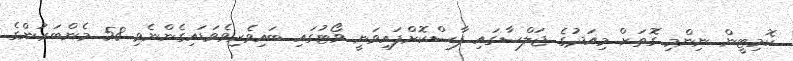
ކޮމިޓީން ނިންމި ގޮތަށް މިއަދުގެ ޖަލްސާގައި ފާސްކޮށްފައިވަނީ ވޯޓުގައި ބައިވެރިވެވަޑައިގެންނެވި 58 މެންބަރުންގެ